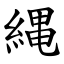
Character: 縄